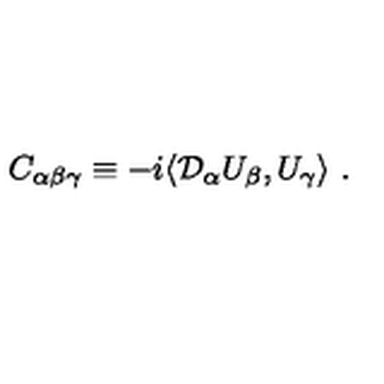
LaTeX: C _ { \alpha \beta \gamma } \equiv - i \langle { \cal D } _ { \alpha } U _ { \beta } , U _ { \gamma } \rangle \ .